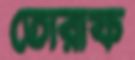
তোরাফ